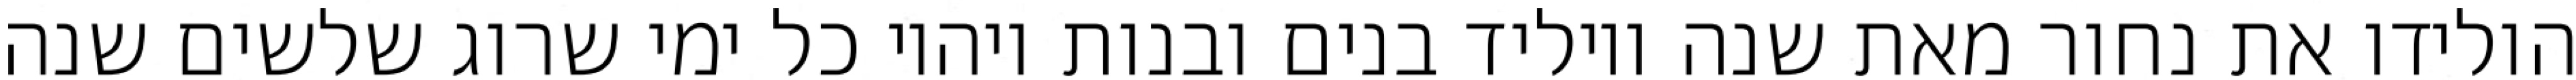
הולידו את נחור מאת שנה ויוליד בנים ובנות ויהיו כל ימי שרוג שלשים שנה